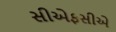
સીએફસીએ